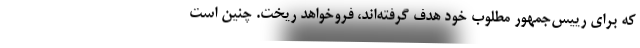
که برای رییس‌جمهور مطلوب خود هدف گرفته‌اند، فروخواهد ریخت. چنین است